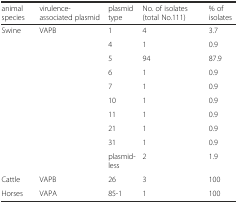
| animal species | virulence-associated plasmid | plasmid type | No. of isolates (total No.111) | % of isolates |
 | --- | --- | --- | --- | --- |
 | <ROWSPAN=10> Swine | <ROWSPAN=10> VAPB | 1 | 4 | 3.7 |
 | 4 | 1 | 0.9 |
 | 5 | 94 | 87.9 |
 | 6 | 1 | 0.9 |
 | 7 | 1 | 0.9 |
 | 10 | 1 | 0.9 |
 | 11 | 1 | 0.9 |
 | 21 | 1 | 0.9 |
 | 31 | 1 | 0.9 |
 | plasmid-less | 2 | 1.9 |
 | Cattle | VAPB | 26 | 3 | 100 |
 | Horses | VAPA | 85-1 | 1 | 100 |